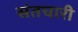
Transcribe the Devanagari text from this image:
संतचारी